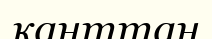
қанттан